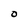
Character: 0